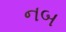
નબ